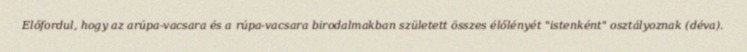
Előfordul, hogy az arúpa-vacsara és a rúpa-vacsara birodalmakban született összes élőlényét "istenként" osztályoznak (déva).